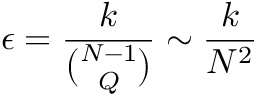
\epsilon = \frac { k } { \binom { N - 1 } { Q } } \sim \frac { k } { N ^ { 2 } }